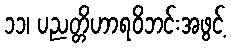
၁၁၊ ပညတ္တိဟာရဝိဘင်းအဖွင့်